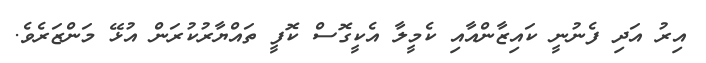
އިރު އަދި ފެނުނީ ކައިޒާންއާއި ކެމީލާ އެކީގޮސް ކޮފީ ތައްޔާރުކުރަން އުޅޭ މަންޒަރެވެ.